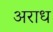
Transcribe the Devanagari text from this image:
अराध